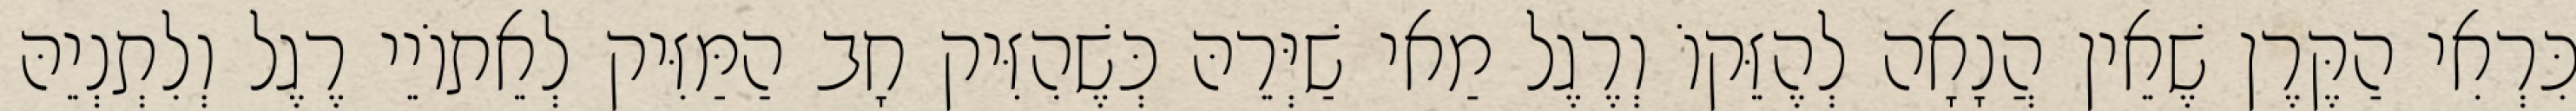
כִּרְאִי הַקֶּרֶן שֶׁאֵין הֲנָאָה לְהֶזֵּקוֹ וְרֶגֶל מַאי שַׁיְּרֵהּ כְּשֶׁהִזִּיק חָב הַמַּזִּיק לְאֵתוֹיֵי רֶגֶל וְלִתְנְיֵהּ